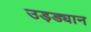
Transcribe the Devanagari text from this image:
उड़ड्यान